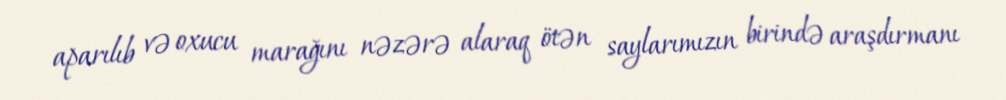
aparılıb və oxucu marağını nəzərə alaraq ötən saylarımızın birində araşdırmanı